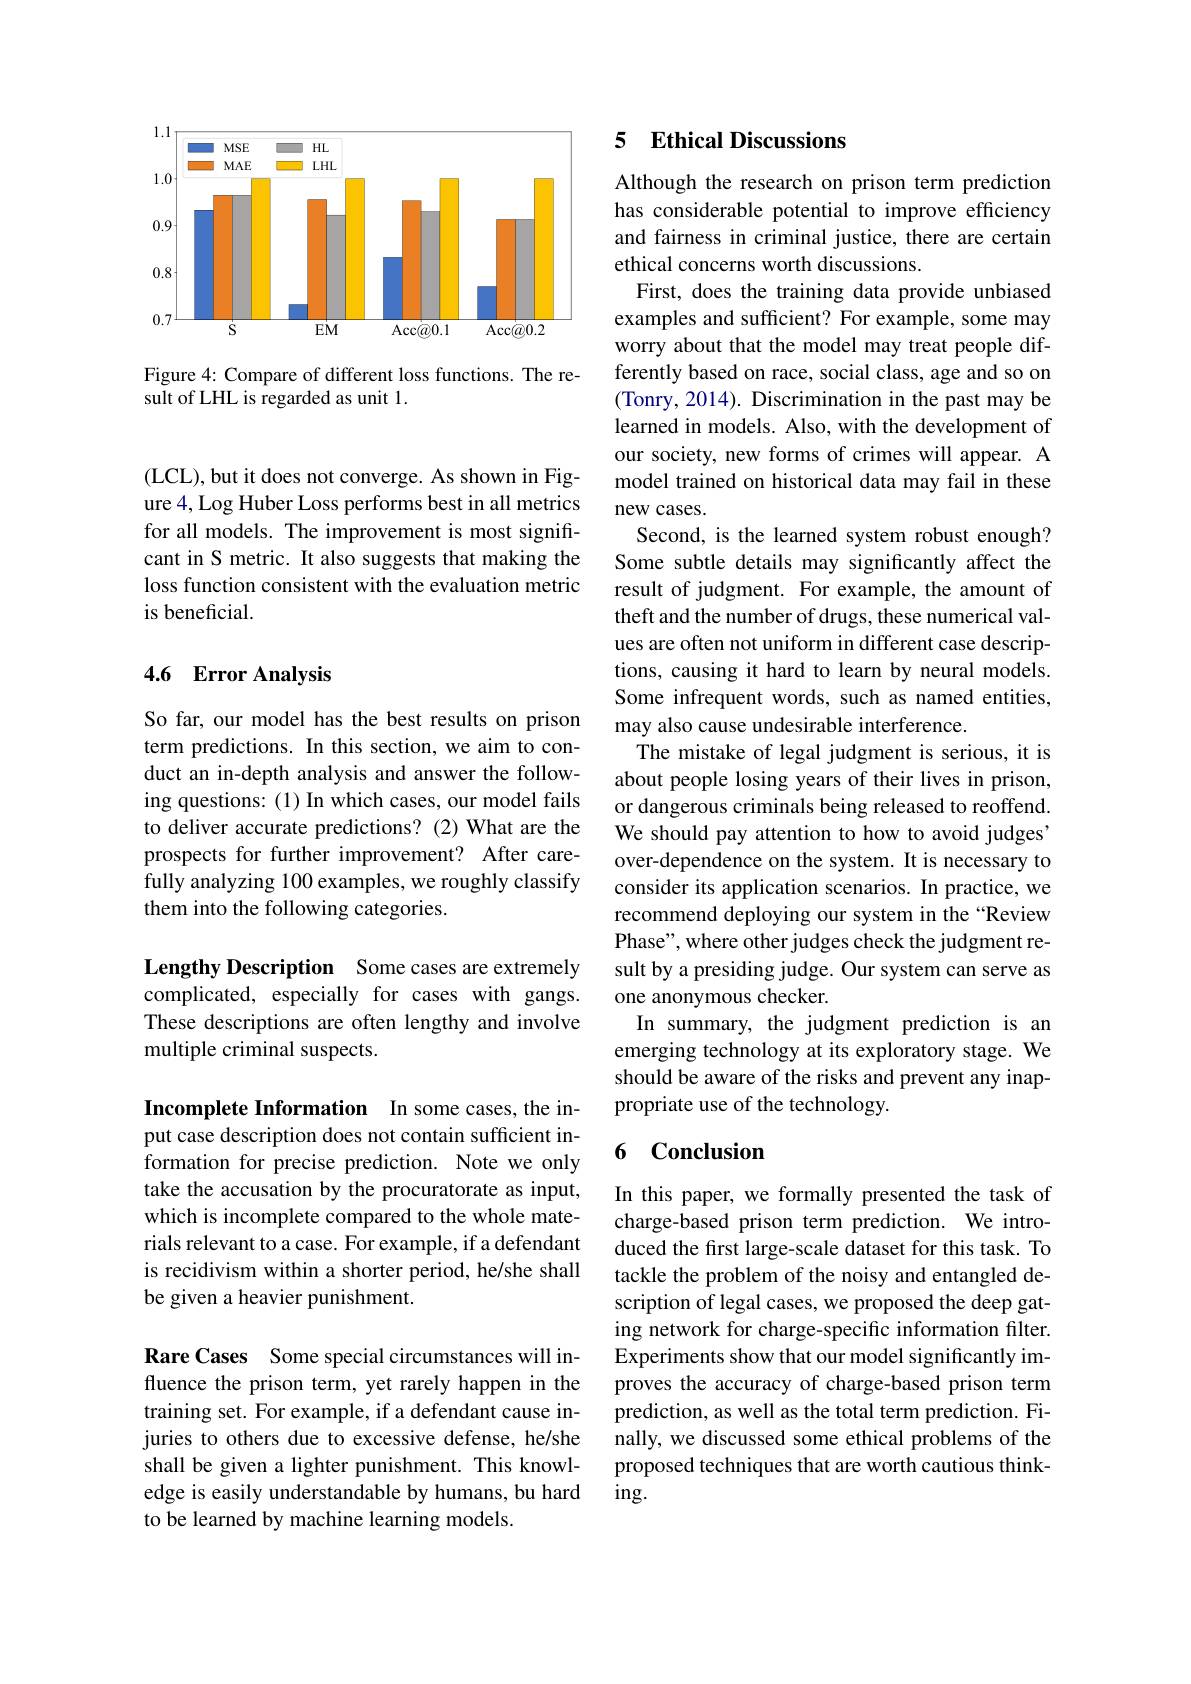
<FigureHere>

Figure 4: Compare of different loss functions. The re-
sult of LHL is regarded as unit 1.

(LCL), but it does not converge. As shown in Figure 4, Log Huber Loss performs best in all metrics for all models. The improvement is most significant in S metric. It also suggests that making the loss function consistent with the evaluation metric is beneficial.

### 4.6 Error Analysis

So far, our model has the best results on prison term predictions. In this section, we aim to conduct an in-depth analysis and answer the following questions: (1) In which cases, our model fails to deliver accurate predictions? (2)What are the prospects for further improvement? After carefully analyzing 100 examples, we roughly classify them into the following categories.

Lengthy Description Some cases are extremely complicated, especially for cases with gangs. These descriptions are often lengthy and involve multiple criminal suspects.

Incomplete Information In some cases, the input case description does not contain sufficient information for precise prediction. Note we only take the accusation by the procuratorate as input, which is incomplete compared to the whole materials relevant to a case. For example, if a defendant is recidivism within a shorter period, he/she shall be given a heavier punishment.

Rare Cases Some special circumstances will influence the prison term, yet rarely happen in the training set. For example, if a defendant cause injuries to others due to excessive defense, he/she shall be given a lighter punishment. This knowledge is easily understandable by humans, bu hard to be learned by machine learning models.

## 5 Ethical Discussions

Although the research on prison term prediction has considerable potential to improve efficiency and fairness in criminal justice, there are certain ethical concerns worth discussions.
First, does the training data provide unbiased examples and sufficient? For example, some may worry about that the model may treat people differently based on race, social class, age and so on (Tonry, 2014). Discrimination in the past may be learned in models. Also, with the development of our society, new forms of crimes will appear. A model trained on historical data may fail in these new cases.
Second, is the learned system robust enough? Some subtle details may significantly affect the result of judgment. For example, the amount of theft and the number of drugs, these numerical values are often not uniform in different case descriptions, causing it hard to learn by neural models. Some infrequent words, such as named entities, may also cause undesirable interference.
The mistake of legal judgment is serious, it is about people losing years of their lives in prison, or dangerous criminals being released to reoffend. We should pay attention to how to avoid judges' over-dependence on the system. It is necessary to consider its application scenarios. In practice, we recommend deploying our system in the “Review Phase", where other judges check the judgment result by a presiding judge. Our system can serve as one anonymous checker.
In summary, the judgment prediction is an emerging technology at its exploratory stage. We should be aware of the risks and prevent any inappropriate use of the technology.

### 6 Conclusion

In this paper, we formally presented the task of charge-based prison term prediction. We introduced the first large-scale dataset for this task. To tackle the problem of the noisy and entangled description of legal cases, we proposed the deep gating network for charge-specific information filter. Experiments show that our model significantly improves the accuracy of charge-based prison term prediction, as well as the total term prediction. Finally, we discussed some ethical problems of the proposed techniques that are worth cautious think- $ing.$